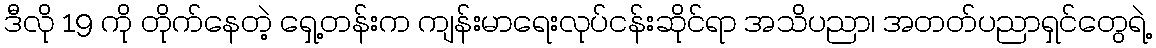
ဒီလို 19 ကို တိုက်နေတဲ့ ရှေ့တန်းက ကျန်းမာရေးလုပ်ငန်းဆိုင်ရာ အသိပညာ၊ အတတ်ပညာရှင်တွေရဲ့